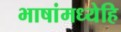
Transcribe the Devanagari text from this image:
भाषांमध्येहि